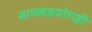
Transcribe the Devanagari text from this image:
मानसप्रयोगही